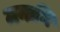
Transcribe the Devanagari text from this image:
मनाभि